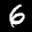
Label: 6